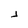
Character: j